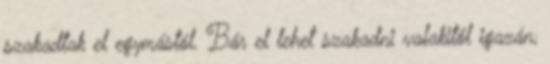
szakadtak el egymástól. Bár el lehet szakadni valakitől igazán,